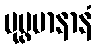
ပုပ္ဖမာနာနံ